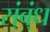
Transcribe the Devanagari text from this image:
स्ंब्ंध